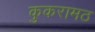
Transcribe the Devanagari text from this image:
कुकरामठ